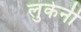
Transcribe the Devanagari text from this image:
लुकेनी